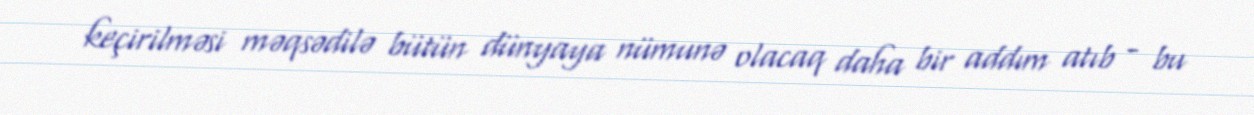
keçirilməsi məqsədilə bütün dünyaya nümunə olacaq daha bir addım atıb - bu